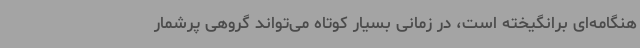
هنگامه‌ای برانگیخته است، در زمانی بسیار کوتاه می‌تواند گروهی پرشمار